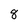
Character: 8